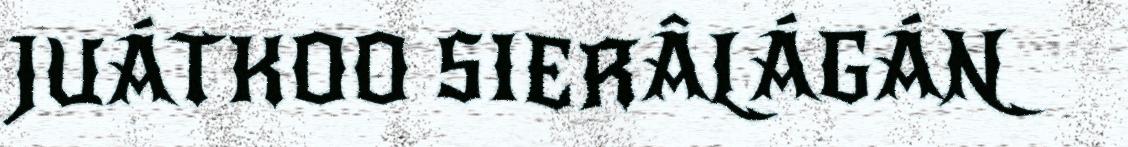
JUÁTKOO SIERÂLÁGÁN